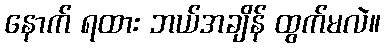
နောက် ရထား ဘယ်အချိန် ထွက်မလဲ။